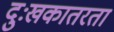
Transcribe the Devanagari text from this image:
दुःखकातरता